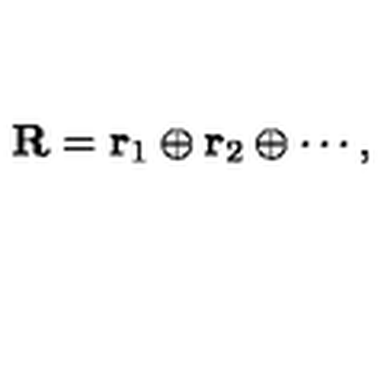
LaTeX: { \bf R } = { \bf r } _ { 1 } \oplus { \bf r } _ { 2 } \oplus \cdots ,